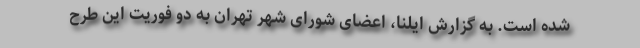
شده است. به گزارش ایلنا، اعضای شورای شهر تهران به دو فوریت این طرح